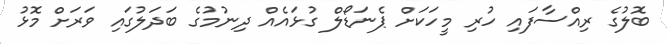
ބޮލުގެ ރިއްސާފައި ހުރި މީހަކަށް ޕެނަޑޯލް ގުޅައެއް ދިނުމުގެ ބަދަލުގައި ވަރަށް މޮޅު